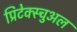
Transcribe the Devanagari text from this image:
प्रिटेक्स्चुअल